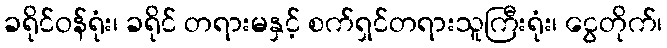
ခရိုင်ဝန်ရုံး၊ ခရိုင် တရားမနှင့် စက်ရှင်တရားသူကြီးရုံး၊ ငွေတိုက်၊